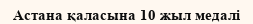
Астана қаласына 10 жыл медалі